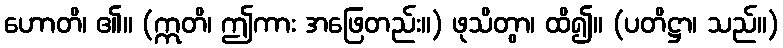
ဟောတိ၊ ၏။ (ဣတိ၊ ဤကား အဖြေတည်း။) ဖုသိတွာ၊ ထိ၍။ (ပတိဋ္ဌာ၊ သည်။)